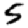
Digit: 5